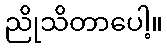
ညိုသိတာပေါ့။